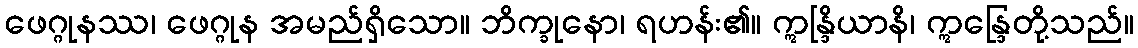
ဖေဂ္ဂုနဿ၊ ဖေဂ္ဂုန အမည်ရှိသော။ ဘိက္ခုနော၊ ရဟန်း၏။ ဣန္ဒြိယာနိ၊ ဣန္ဒြေတို့သည်။